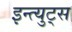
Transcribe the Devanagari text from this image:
इन्त्युट्स